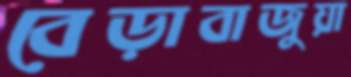
বেড়াবাজুয়া